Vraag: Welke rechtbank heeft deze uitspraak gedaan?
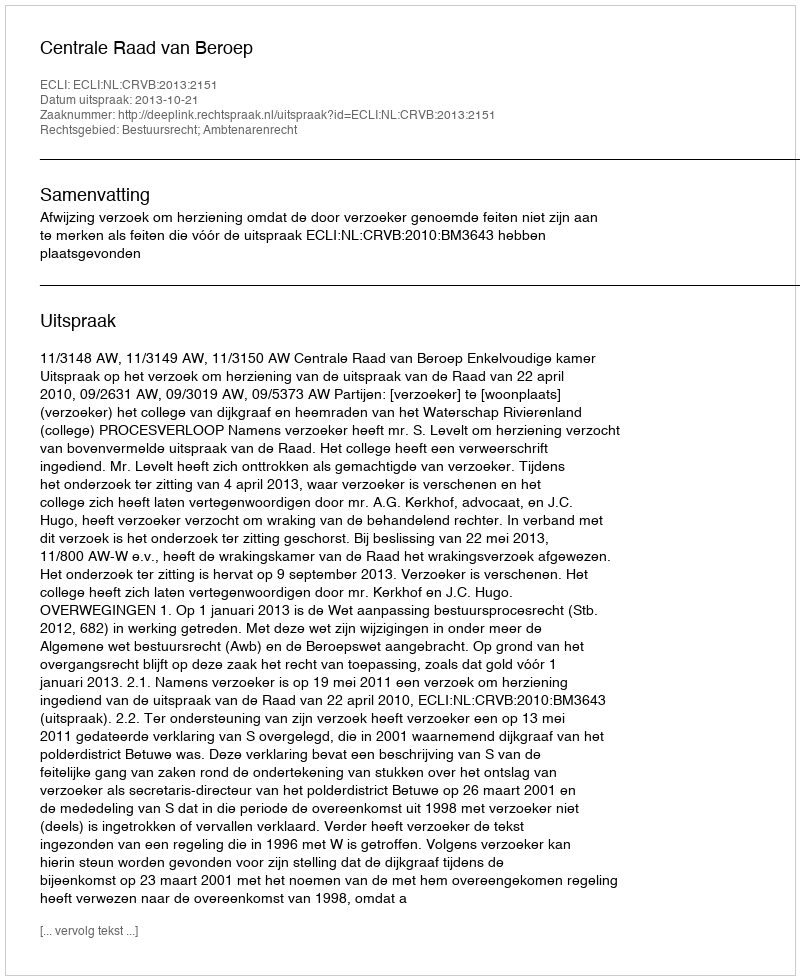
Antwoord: Centrale Raad van Beroep